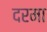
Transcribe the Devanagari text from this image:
दरमा